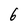
Character: 6